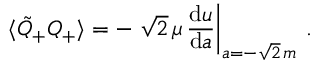
\langle \tilde { Q } _ { + } Q _ { + } \rangle = - \left. \sqrt { 2 } \, \mu \, \frac { \mathrm { d } u } { \mathrm { d } a } \right| _ { a = - \sqrt { 2 } \, m } \, .